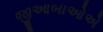
જીઆબાઓએ